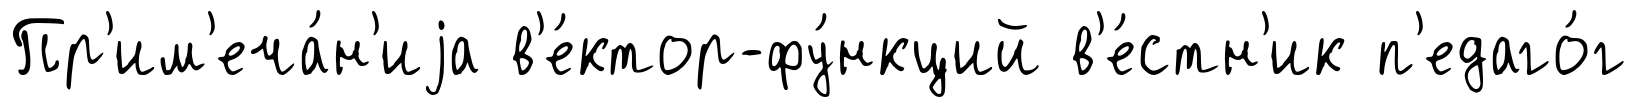
Пр'им'еча́н'иjа в'е́ктор-фу́нкций в'е́стн'ик п'едаго́г